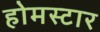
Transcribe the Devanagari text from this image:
होमस्टार